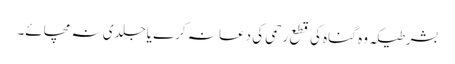
بشرطیکہ وہ گناہ کی قطع رحمی کی دعا نہ کرے یاجلدی نہ مچائے۔